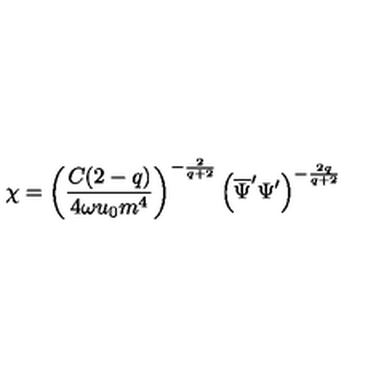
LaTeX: \chi = \left( \frac { C ( 2 - q ) } { 4 \omega u _ { 0 } m ^ { 4 } } \right) ^ { - \frac { 2 } { q + 2 } } \left( \overline { { \Psi } } ^ { \prime } \Psi ^ { \prime } \right) ^ { - \frac { 2 q } { q + 2 } }